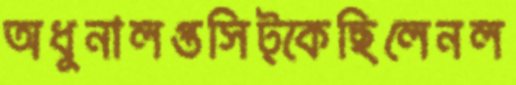
অধুনালপ্তসিট্‌কেছিলেনল